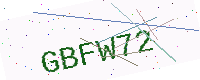
Text: GBFW72